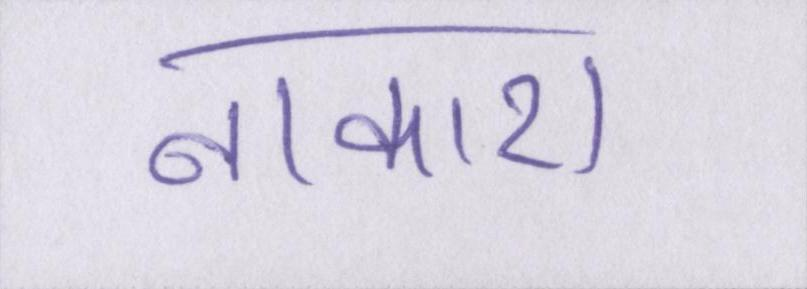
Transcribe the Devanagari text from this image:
नाकारा